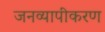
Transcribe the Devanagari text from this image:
जनव्यापीकरण